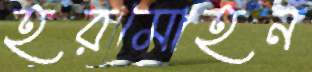
হরমোহন